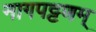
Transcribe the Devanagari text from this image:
नागपट्टणम्